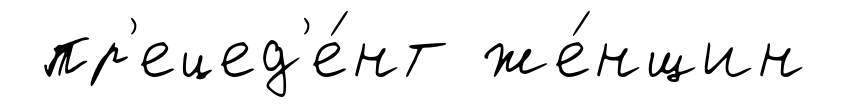
пр'ецед'е́нт же́нщин